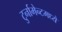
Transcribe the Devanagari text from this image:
टुर्नामेन्टमध्ये